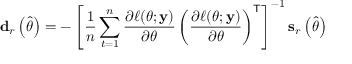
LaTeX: \mathbf { d } _ { r } \left( { \widehat { \theta } } \right) = - \left[ { \frac { 1 } { n } } \sum _ { t = 1 } ^ { n } { \frac { \partial \ell ( \theta ; \mathbf { y } ) } { \partial \theta } } \left( { \frac { \partial \ell ( \theta ; \mathbf { y } ) } { \partial \theta } } \right) ^ { \mathsf { T } } \right] ^ { - 1 } \mathbf { s } _ { r } \left( { \widehat { \theta } } \right)